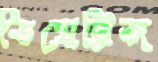
ডিয়েট্রিজ